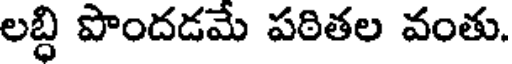
లబ్ది పొందడమే పఠితల వంతు.